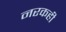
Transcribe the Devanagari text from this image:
नरकही